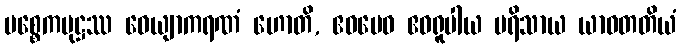
ပစ္စေကပုဋ္ဌဿ ဝေယျာကရဏံ ဟောတိ, ဧဝမေဝ ဧဝရူပါယ ပရိသာယ ယာဝတတိယံ